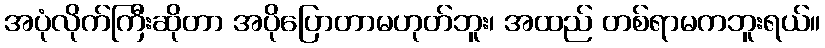
အပုံလိုက်ကြီးဆိုတာ အပိုပြောတာမဟုတ်ဘူး၊ အထည် တစ်ရာမကဘူးရယ်။